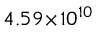
4 . 5 9 \! \times \! 1 0 ^ { 1 0 }